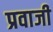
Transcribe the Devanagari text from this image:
प्रवाजी